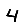
Digit: 4